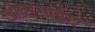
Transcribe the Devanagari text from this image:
ओवरसाईट